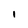
Character: 1